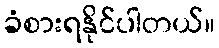
ခံစားရနိုင်ပါတယ်။